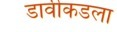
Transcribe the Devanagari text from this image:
डावीकडला